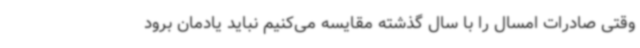
وقتی صادرات امسال را با سال گذشته مقایسه می‌کنیم نباید یادمان برود